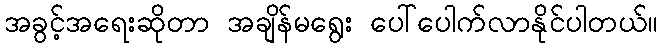
အခွင့်အရေးဆိုတာ အချိန်မရွေး ပေါ်ပေါက်လာနိုင်ပါတယ်။